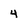
Character: 4